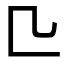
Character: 𠤬